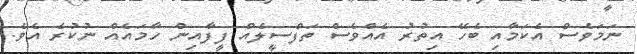
ނަމަވެސް އެކަމާއި ބެހޭ އިތުރު އެއްވެސް ތަފްސީލެއް ފީފާއިން ހާމައެއް ނުކުރެ އެވެ.